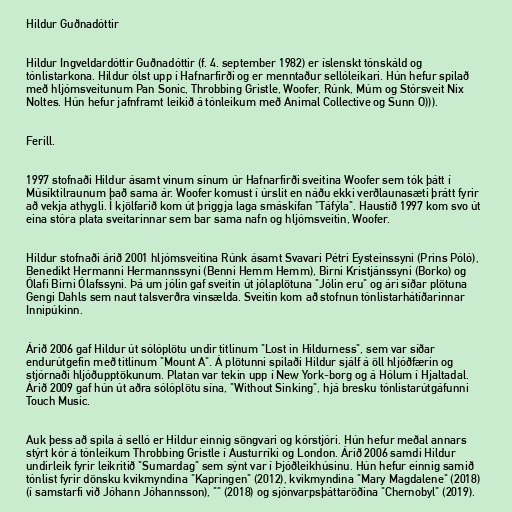
Hildur Guðnadóttir

Hildur Ingveldardóttir Guðnadóttir (f. 4. september 1982) er íslenskt tónskáld og
tónlistarkona. Hildur ólst upp í Hafnarfirði og er menntaður sellóleikari. Hún hefur spilað
með hljómsveitunum Pan Sonic, Throbbing Gristle, Woofer, Rúnk, Múm og Stórsveit Nix
Noltes. Hún hefur jafnframt leikið á tónleikum með Animal Collective og Sunn O))).

Ferill.

1997 stofnaði Hildur ásamt vinum sínum úr Hafnarfirði sveitina Woofer sem tók þátt í
Músíktilraunum það sama ár. Woofer komust í úrslit en náðu ekki verðlaunasæti þrátt fyrir
að vekja athygli. Í kjölfarið kom út þriggja laga smáskífan "Táfýla". Haustið 1997 kom svo út
eina stóra plata sveitarinnar sem bar sama nafn og hljómsveitin, Woofer.

Hildur stofnaði árið 2001 hljómsveitina Rúnk ásamt Svavari Pétri Eysteinssyni (Prins Póló),
Benedikt Hermanni Hermannssyni (Benni Hemm Hemm), Birni Kristjánssyni (Borko) og
Ólafi Birni Ólafssyni. Þá um jólin gaf sveitin út jólaplötuna "Jólin eru" og ári síðar plötuna
Gengi Dahls sem naut talsverðra vinsælda. Sveitin kom að stofnun tónlistarhátíðarinnar
Innipúkinn.

Árið 2006 gaf Hildur út sólóplötu undir titlinum "Lost in Hildurness", sem var síðar
endurútgefin með titlinum "Mount A". Á plötunni spilaði Hildur sjálf á öll hljóðfærin og
stjórnaði hljóðupptökunum. Platan var tekin upp í New York-borg og á Hólum í Hjaltadal.
Árið 2009 gaf hún út aðra sólóplötu sína, "Without Sinking", hjá bresku tónlistarútgáfunni
Touch Music.

Auk þess að spila á selló er Hildur einnig söngvari og kórstjóri. Hún hefur meðal annars
stýrt kór á tónleikum Throbbing Gristle í Austurríki og London. Árið 2006 samdi Hildur
undirleik fyrir leikritið "Sumardag" sem sýnt var í Þjóðleikhúsinu. Hún hefur einnig samið
tónlist fyrir dönsku kvikmyndina "Kapringen" (2012), kvikmyndina "Mary Magdalene" (2018)
(í samstarfi við Jóhann Jóhannsson), "" (2018) og sjónvarpsþáttaröðina "Chernobyl" (2019).